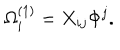
\Omega _ { i } ^ { ( 1 ) } = X _ { i j } \Phi ^ { j } .